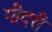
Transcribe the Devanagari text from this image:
गीदरी